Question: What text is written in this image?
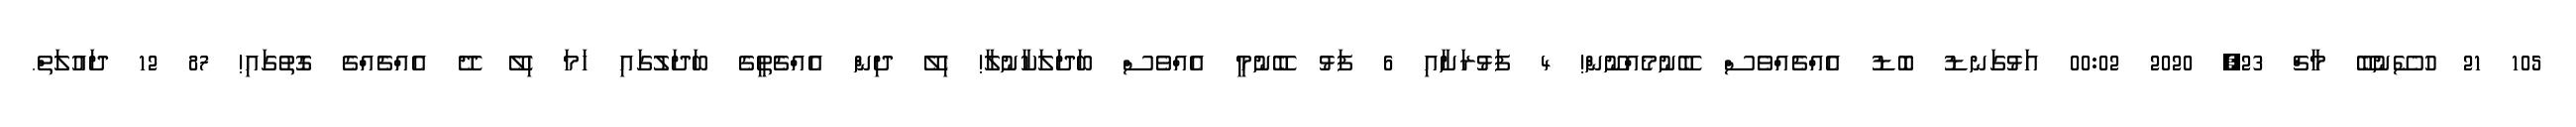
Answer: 105 21 ހުސޭނުބޭ މާޗް 23, 2020 00:02 އަޅުގަނޑު ބޮޑު އެއްޗެއްވެސް ބޭނުމެއްނޫން! 4 ފަޅުރަށާއި 6 ފަޅު ބޭނުމީ އެއްވެސް ބަދަލަކާނުލާ! ހިލޭ ދިން އެއްޗެތީގެ ބަދަލުގައި ހަމަ ހިލޭ ދޭ އެއްޗެއްގެ ގޮތުގައި! 87 12 ދައުލަތް.